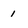
Character: 1